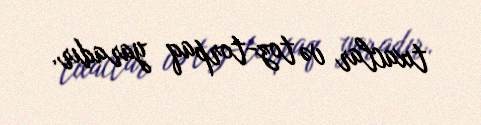
tıxaclar və toz-torpaq yaradır.